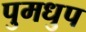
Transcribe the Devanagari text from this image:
पुमधुप